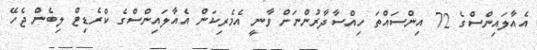
އެއާލައިންސްގެ 72 އިންސައްތަ ހިއްސާދާރުންނަށް ވާނީ އެމެރިކަން އެއާލައިންސްގެ ކްރެޑިޓް ލިބެން ޖެހޭ